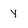
Character: y